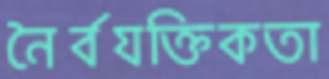
নৈর্বযক্তিকতা